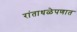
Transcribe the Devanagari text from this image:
रांताधळेपणात